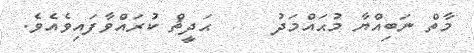
މާތް ނަބިއްޔާ މުޙައްމަދު     ޙަދީޘް ކުރައްވާފައިވެއެވެ.